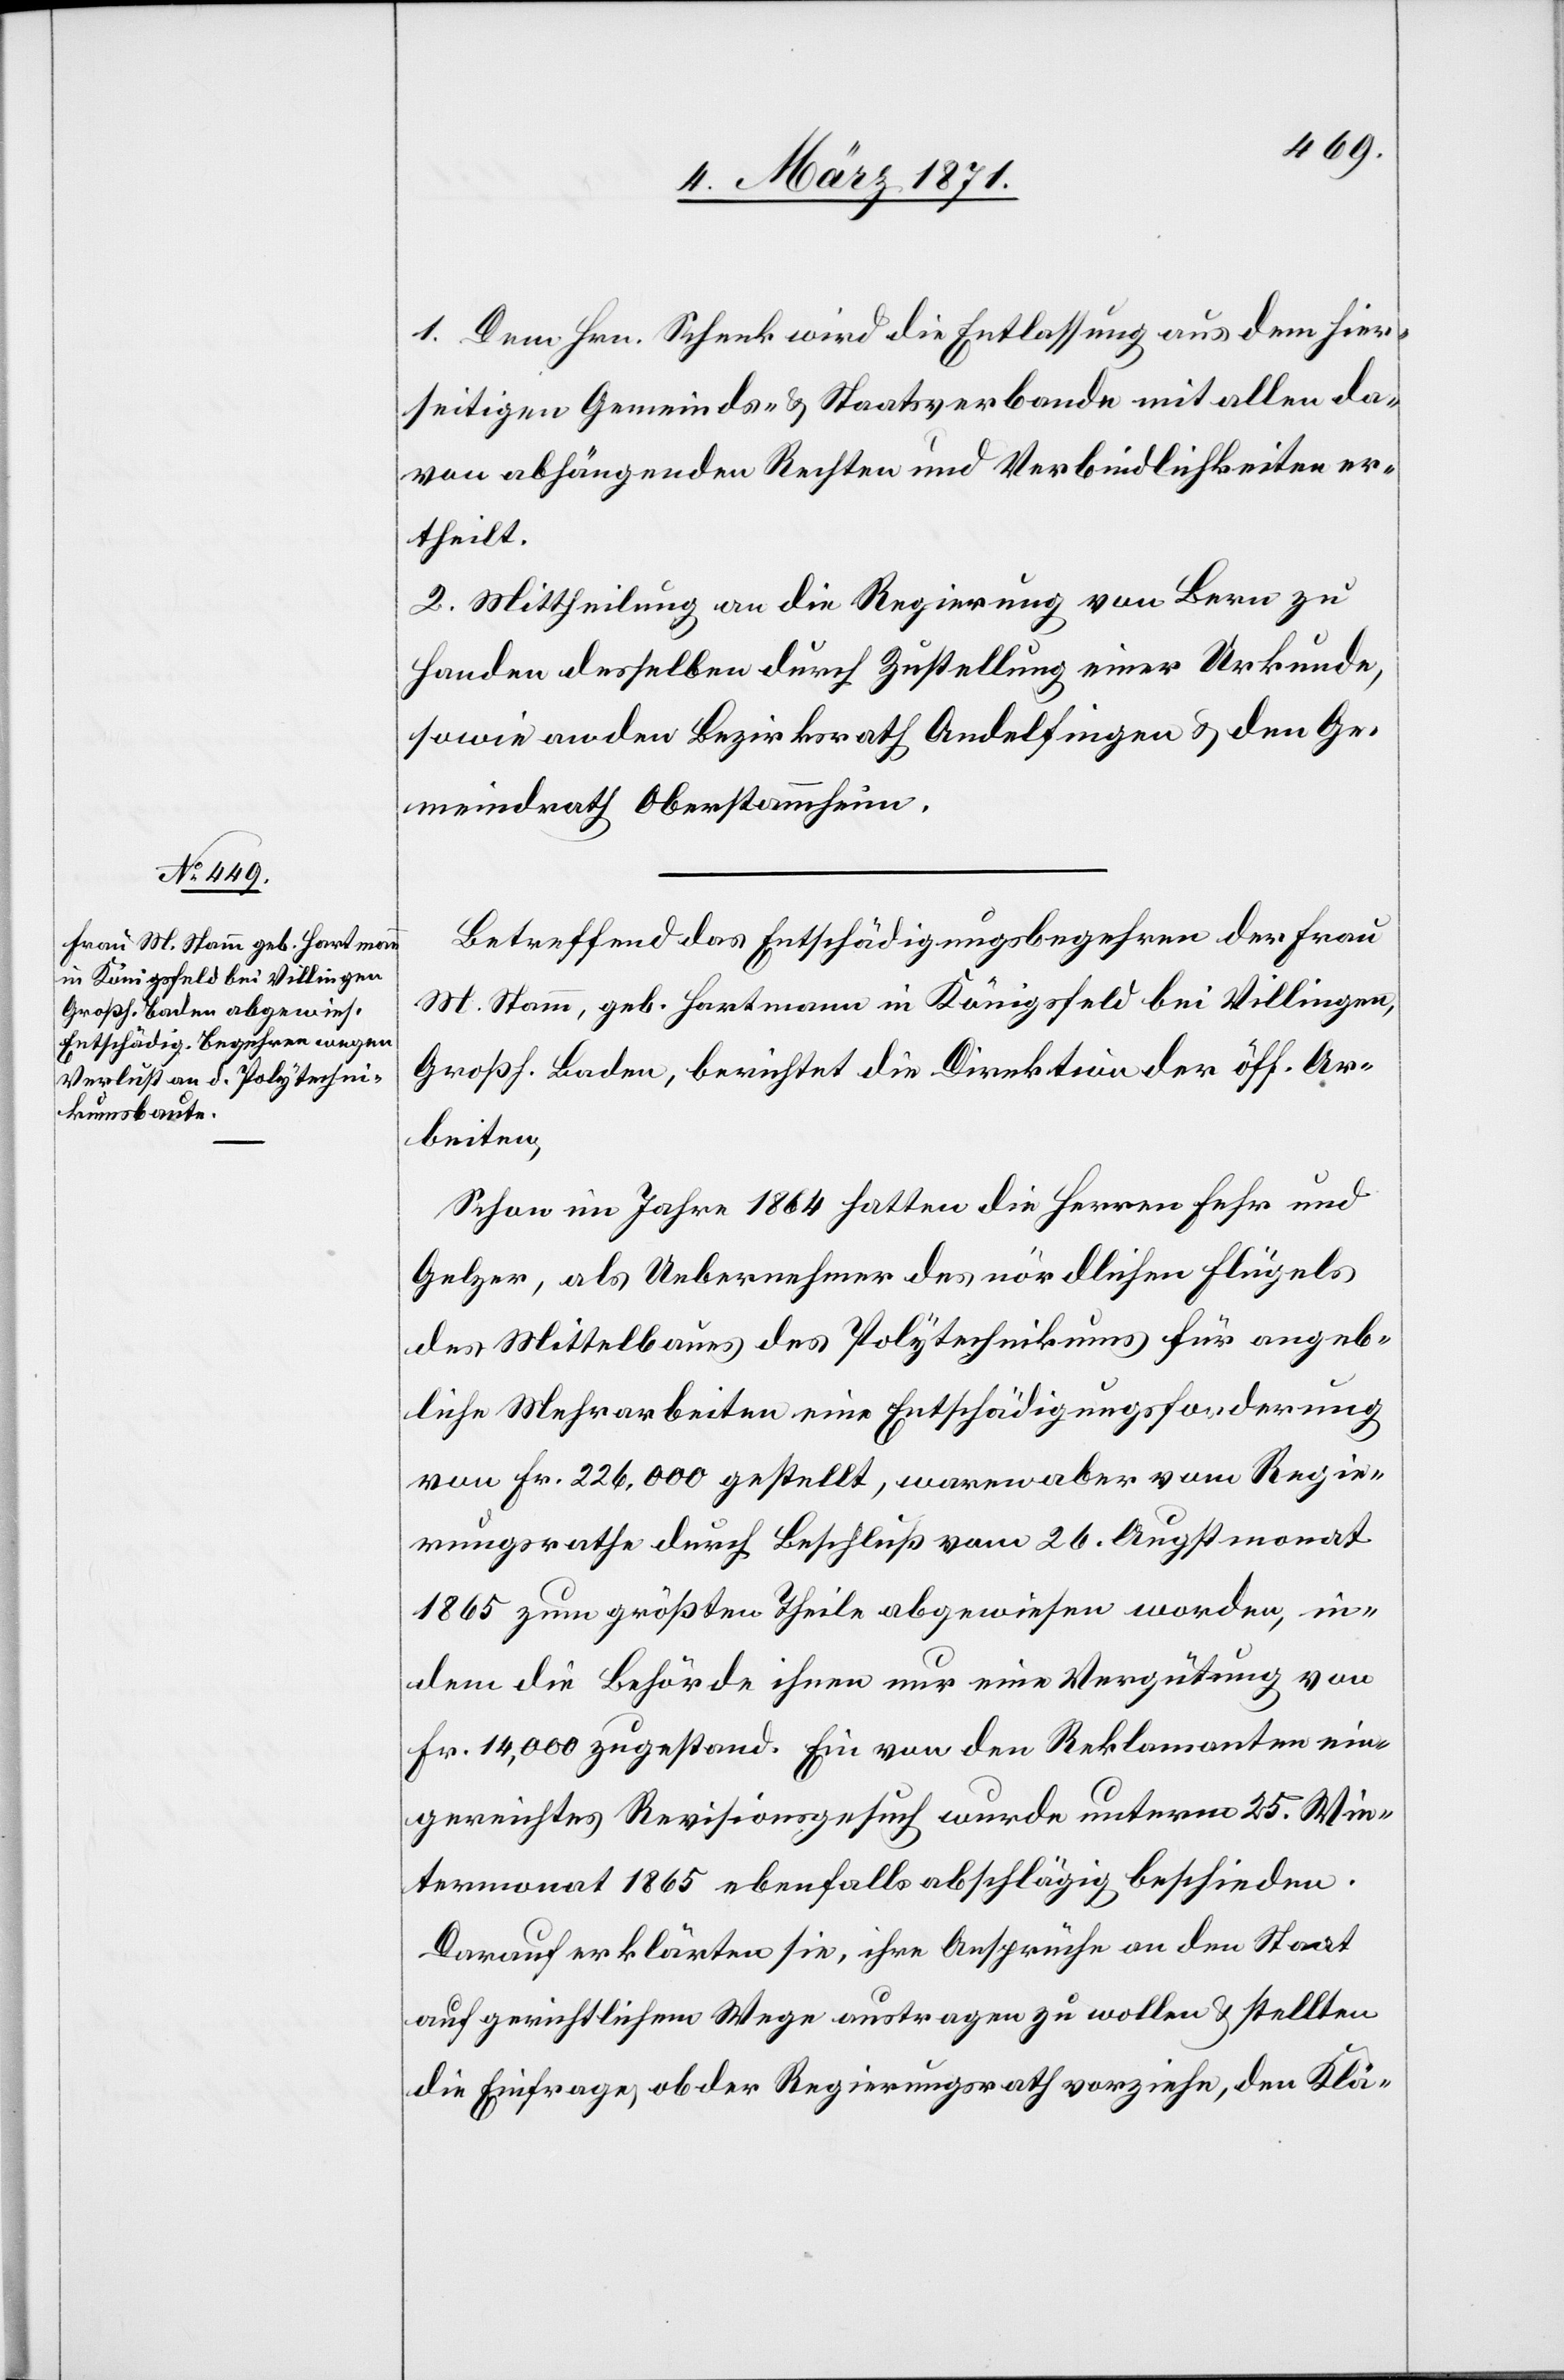
1. Dem Hrn. Schenk wird die Entlassung aus dem hier¬
seitigen Gemeinds- u. Staatsverbande mit allen da¬
von abhängenden Rechten und Verbindlichkeiten er¬
theilt.
2. Mittheilung an die Regierung von Bern zu
Handen desselben durch Zustellung einer Urkunde,
sowie an den Bezirksrath Andelfingen u. den Ge¬
meindrath Oberstammheim.
Betreffend das Entschädigungsbegehren der Frau
M. Stamm, geb. Hartmann in Königsfeld bei Villingen,
Großh. Baden, berichtet die Direktion der öff. Ar¬
beiten,
Schon im Jahre 1864 hatten die Herren Fehr und
Gelzer, als Uebernehmer des nördlichen Flügels
des Mittelbaues des Polytechnikums für angeb¬
liche Mehrarbeiten eine Entschädigungsforderung
von Fr. 226,000 gestellt, waren aber vom Regie¬
rungsrathe durch Beschluß vom 26. Augstmonat
1865 zum größten Theile abgewiesen worden, in¬
dem die Behörde ihnen nur eine Vergütung von
Fr. 14,000 zugestand. Ein von den Reklamanten ein¬
gereichtes Revisionsgesuch wurde unterm 25. Win¬
termonat 1865 ebenfalls abschlägig beschieden.
Darauf erklärten sie, ihre Ansprüche an den Staat
auf gerichtlichem Wege austragen zu wollen u. stellten
die Einfrage, ob der Regierungsrath vorziehe, den Klä-